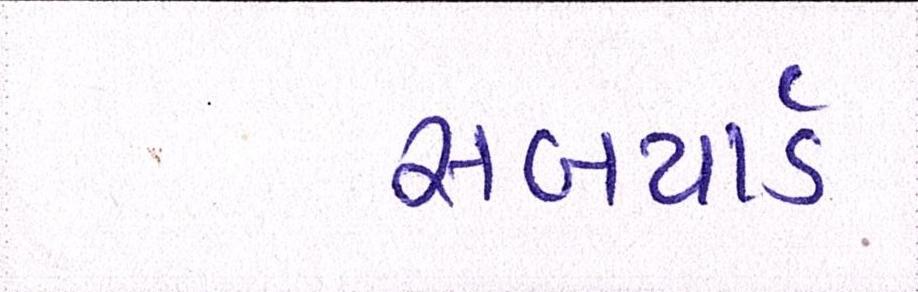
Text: સબયાર્ડ